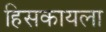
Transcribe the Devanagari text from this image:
हिसकायला